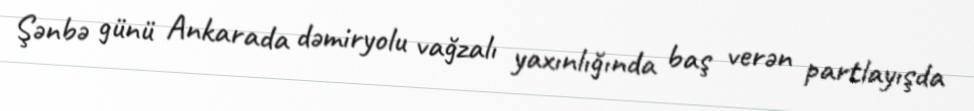
Şənbə günü Ankarada dəmiryolu vağzalı yaxınlığında baş verən partlayışda